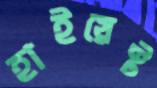
হাইয়েস্ট